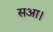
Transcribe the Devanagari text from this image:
सआ।